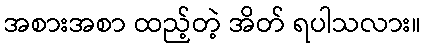
အစားအစာ ထည့်တဲ့ အိတ် ရပါသလား။